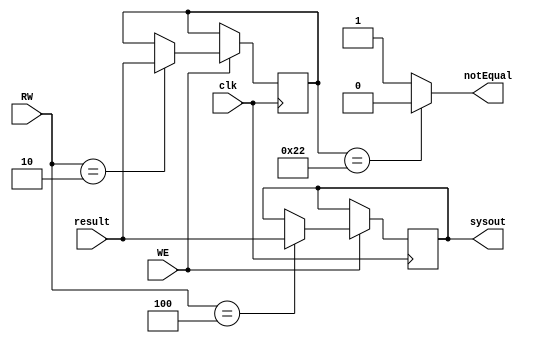
`timescale 1ns / 1ps
//////////////////////////////////////////////////////////////////////////////////
// Company: 
// Engineer: 
// 
// Design Name: 
// Module Name: systemout
// Project Name: 
// Target Devices: 
// Tool Versions: 
// Description: 
// 
// Dependencies: 
// 
// Revision:
// Revision 0.01 - File Created
// Additional Comments:
// 
//////////////////////////////////////////////////////////////////////////////////


module systemout(clk, RW, WE, result, sysout, notEqual);
input [4:0]RW;
input WE,clk;
input [31:0]result;
output [31:0]sysout;
output notEqual;

reg [31:0]re2, re4;

initial begin
	re2 <=0;
	re4 <=0;
end

always @(posedge clk) begin
	if(WE==1) 
	begin
		if(RW==2 ) re2<=result;
		if(RW==4) re4<=result;
	end
end

assign notEqual = (re2==34)? 0: 1;

assign sysout=re4;
	
endmodule